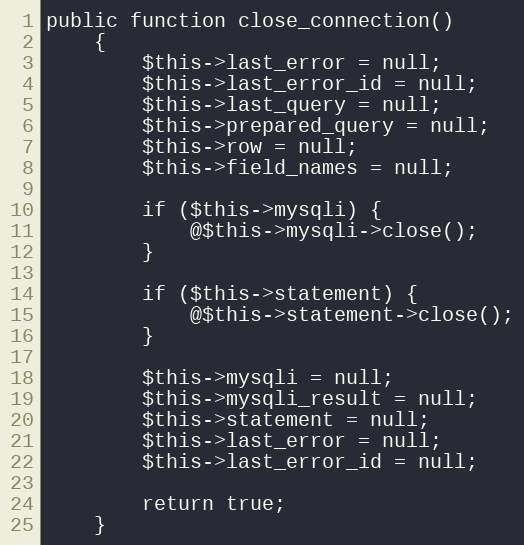
Language: PHP
public function close_connection()
    {
        $this->last_error = null;
        $this->last_error_id = null;
        $this->last_query = null;
        $this->prepared_query = null;
        $this->row = null;
        $this->field_names = null;

        if ($this->mysqli) {
            @$this->mysqli->close();
        }

        if ($this->statement) {
            @$this->statement->close();
        }

        $this->mysqli = null;
        $this->mysqli_result = null;
        $this->statement = null;
        $this->last_error = null;
        $this->last_error_id = null;

        return true;
    }